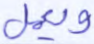
ويعمل